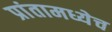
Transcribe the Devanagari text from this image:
प्रांतामध्येच